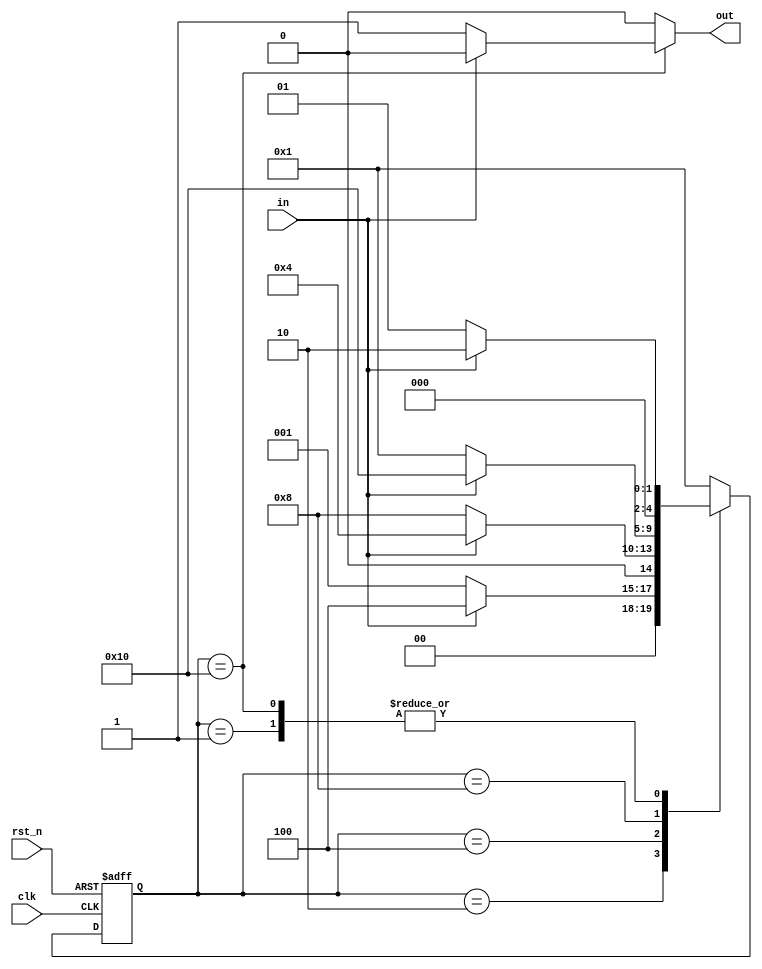
module FSM_sar(clk, rst_n, in, out);
    input clk;
    input rst_n;
    input in;
    output out;
    reg out;
    reg[4:0] next_stage;
    reg[4:0] current_stage;
    parameter s0 = 5'b00001;
    parameter s1 = 5'b00010;
    parameter s2 = 5'b00100;
    parameter s3 = 5'b01000;
    parameter s4 = 5'b10000;
        always @(posedge clk or negedge rst_n)
        begin
            if(!rst_n) current_stage <= 5'b00000; 
            else current_stage <= next_stage;          
        end
        always @(in or current_stage)
        begin
            case(current_stage)
                s0 : next_stage = (in == 1'b1) ? s1 : s0;
                s1 : next_stage = (in == 1'b1) ? s2 : s0;
                s2 : next_stage = (in == 1'b0) ? s3 : s2;
                s3 : next_stage = (in == 1'b1) ? s4 : s0;
                s4 : next_stage = (in == 1'b0) ? s0 : s1;
                default : next_stage = s0;
            endcase
        end
        always @(in or current_stage)
        begin
            case(current_stage)
                s0 : out = 1'b0;
                s1 : out = 1'b0;
                s2 : out = 1'b0;
                s3 : out = 1'b0;
                s4 : out = (in == 1'b0) ? 1'b1 : 1'b0;
                default : out = 1'b0;
            endcase
        end
endmodule